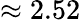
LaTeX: \approx 2.52